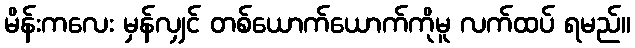
မိန်းကလေး မှန်လျှင် တစ်ယောက်ယောက်ကိုမူ လက်ထပ် ရမည်။